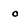
Character: O